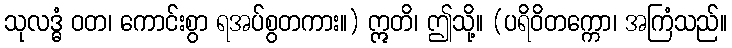
သုလဒ္ဓံ ဝတ၊ ကောင်းစွာ ရအပ်စွတကား။) ဣတိ၊ ဤသို့။ (ပရိဝိတက္ကော၊ အကြံသည်။